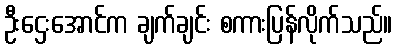
ဦးဌေးအောင်က ချက်ချင်း စကားပြန်လိုက်သည်။